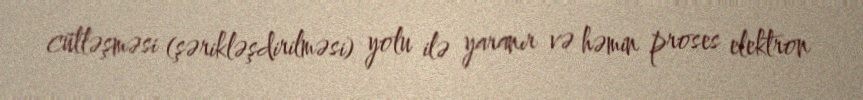
cütləşməsi (şərikləşdirilməsi) yolu ilə yaranır və həmin proses elektron